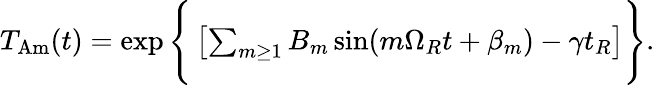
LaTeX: \begin{array}{r}{T_{\mathrm{Am}}(t)=\exp\Bigg\{ \left[\sum_{m\geq 1}B_{m}\sin(m\Omega_{R}t+\beta_{m})-\gamma t_{R}\right]\Bigg\} .}\end{array}